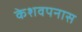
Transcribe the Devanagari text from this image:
केशवपनास